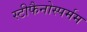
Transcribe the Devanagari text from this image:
स्टीफैनोस्पर्मम